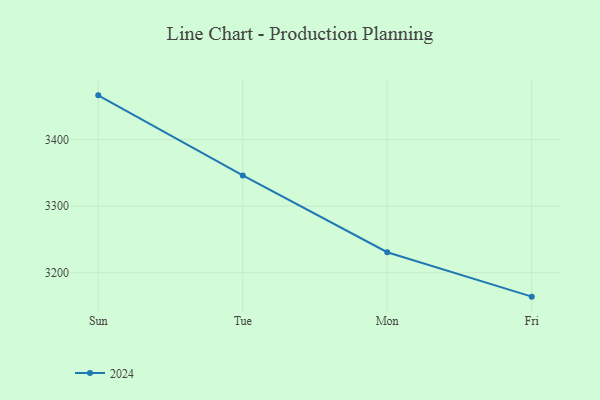
{"axis": {"x": "Day", "y": "LTV (USD)"}, "legend": ["2024"], "data": [{"x": "Sun", "y": 3466.5, "type": "2024"}, {"x": "Tue", "y": 3346.2, "type": "2024"}, {"x": "Mon", "y": 3230.8, "type": "2024"}, {"x": "Fri", "y": 3164.1, "type": "2024"}]}